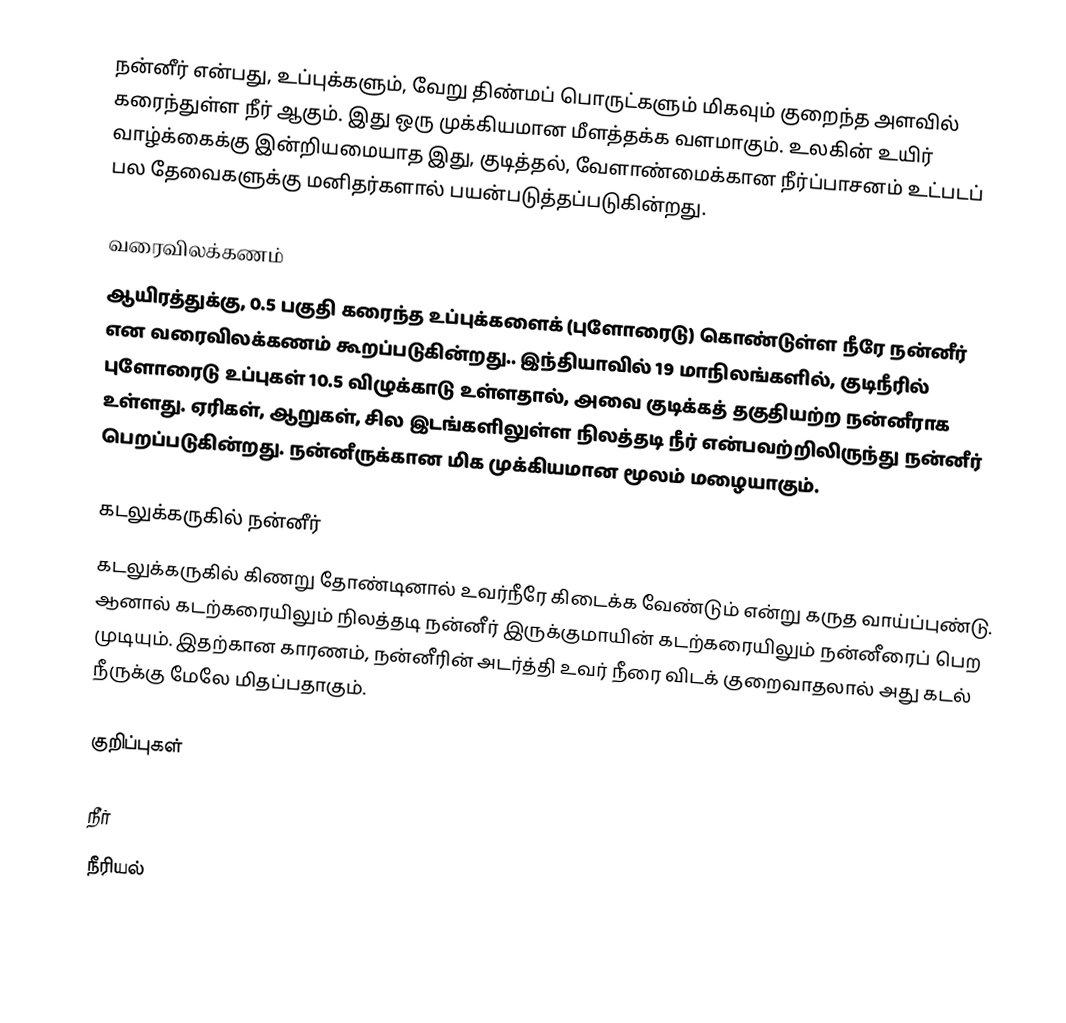
நன்னீர் என்பது, உப்புக்களும், வேறு திண்மப் பொருட்களும் மிகவும் குறைந்த அளவில் கரைந்துள்ள நீர் ஆகும். இது ஒரு முக்கியமான மீளத்தக்க வளமாகும். உலகின் உயிர் வாழ்க்கைக்கு இன்றியமையாத இது, குடித்தல், வேளாண்மைக்கான நீர்ப்பாசனம் உட்படப் பல தேவைகளுக்கு மனிதர்களால் பயன்படுத்தப்படுகின்றது.

வரைவிலக்கணம்
ஆயிரத்துக்கு, 0.5 பகுதி கரைந்த உப்புக்களைக் (புளோரைடு) கொண்டுள்ள நீரே நன்னீர் என வரைவிலக்கணம் கூறப்படுகின்றது.. இந்தியாவில் 19 மாநிலங்களில், குடிநீரில் புளோரைடு உப்புகள் 10.5 விழுக்காடு உள்ளதால், அவை குடிக்கத் தகுதியற்ற நன்னீராக உள்ளது. ஏரிகள், ஆறுகள், சில இடங்களிலுள்ள நிலத்தடி நீர் என்பவற்றிலிருந்து நன்னீர் பெறப்படுகின்றது. நன்னீருக்கான மிக முக்கியமான மூலம் மழையாகும்.

கடலுக்கருகில் நன்னீர்
கடலுக்கருகில் கிணறு தோண்டினால் உவர்நீரே கிடைக்க வேண்டும் என்று கருத வாய்ப்புண்டு. ஆனால் கடற்கரையிலும் நிலத்தடி நன்னீர் இருக்குமாயின் கடற்கரையிலும் நன்னீரைப் பெற முடியும். இதற்கான காரணம், நன்னீரின் அடர்த்தி உவர் நீரை விடக் குறைவாதலால் அது கடல் நீருக்கு மேலே மிதப்பதாகும்.

குறிப்புகள்

நீர்
நீரியல்